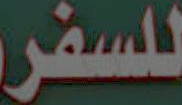
للسفر